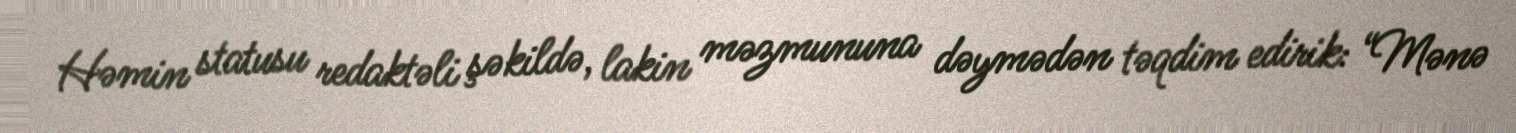
Həmin statusu redaktəli şəkildə, lakin məzmununa dəymədən təqdim edirik: “Mənə